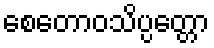
စေတောဝသိပ္ပတ္တော